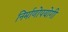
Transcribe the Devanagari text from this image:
निर्माणोपयोगी